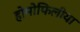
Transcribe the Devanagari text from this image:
होमोफिलीया